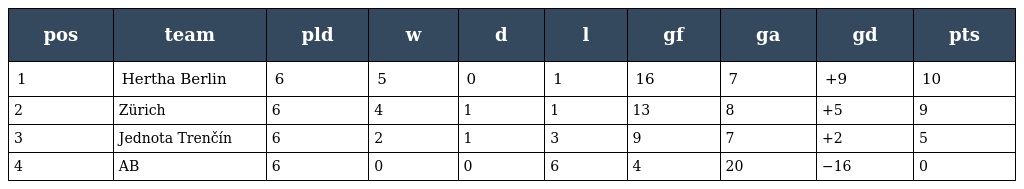
| pos | team | pld | w | d | l | gf | ga | gd | pts |
 | --- | --- | --- | --- | --- | --- | --- | --- | --- | --- |
 | 1 | Hertha Berlin | 6 | 5 | 0 | 1 | 16 | 7 | +9 | 10 |
 | 2 | Zürich | 6 | 4 | 1 | 1 | 13 | 8 | +5 | 9 |
 | 3 | Jednota Trenčín | 6 | 2 | 1 | 3 | 9 | 7 | +2 | 5 |
 | 4 | AB | 6 | 0 | 0 | 6 | 4 | 20 | −16 | 0 |